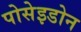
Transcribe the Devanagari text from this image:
पोसेइडोन